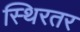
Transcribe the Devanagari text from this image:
स्थिरतर